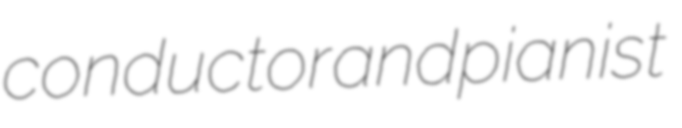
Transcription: conductor and pianist